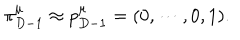
\pi _ { D - 1 } ^ { \mu } \approx p _ { D - 1 } ^ { \mu } = ( 0 , \cdots , 0 , 1 ) .